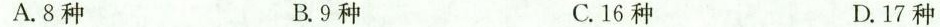
A.8种 B.9种 C.16种 D.17种